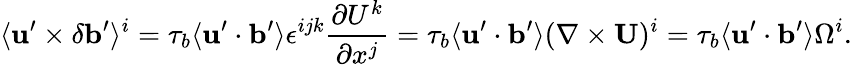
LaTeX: \langle{{\mathbf{u}}^{\prime}\times\delta{\mathbf{b}}^{\prime}}\rangle^{i}=\tau_{b}\langle{{\mathbf{u}}^{\prime}\cdot{\mathbf{b}}^{\prime}}\rangle\epsilon^{ijk}\frac{\partial U^{k}}{\partial x^{j}}=\tau_{b}\langle{{\mathbf{u}}^{\prime}\cdot{\mathbf{b}}^{\prime}}\rangle(\nabla\times{\mathbf{U}})^{i}=\tau_{b}\langle{{\mathbf{u}}^{\prime}\cdot{\mathbf{b}}^{\prime}}\rangle\Omega^{i}.